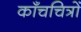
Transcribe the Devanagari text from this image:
काँचचित्रों